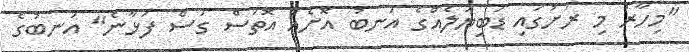
"މިހާރު މި ރަށުގައި ޑަބިޔަލެއްގެ އަނބު އޮށެއް އޮތަސް ގަސް ފަޅާނެ" އަނބުގެ